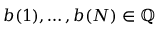
b ( 1 ) , \dots , b ( N ) \in \mathbb { Q }